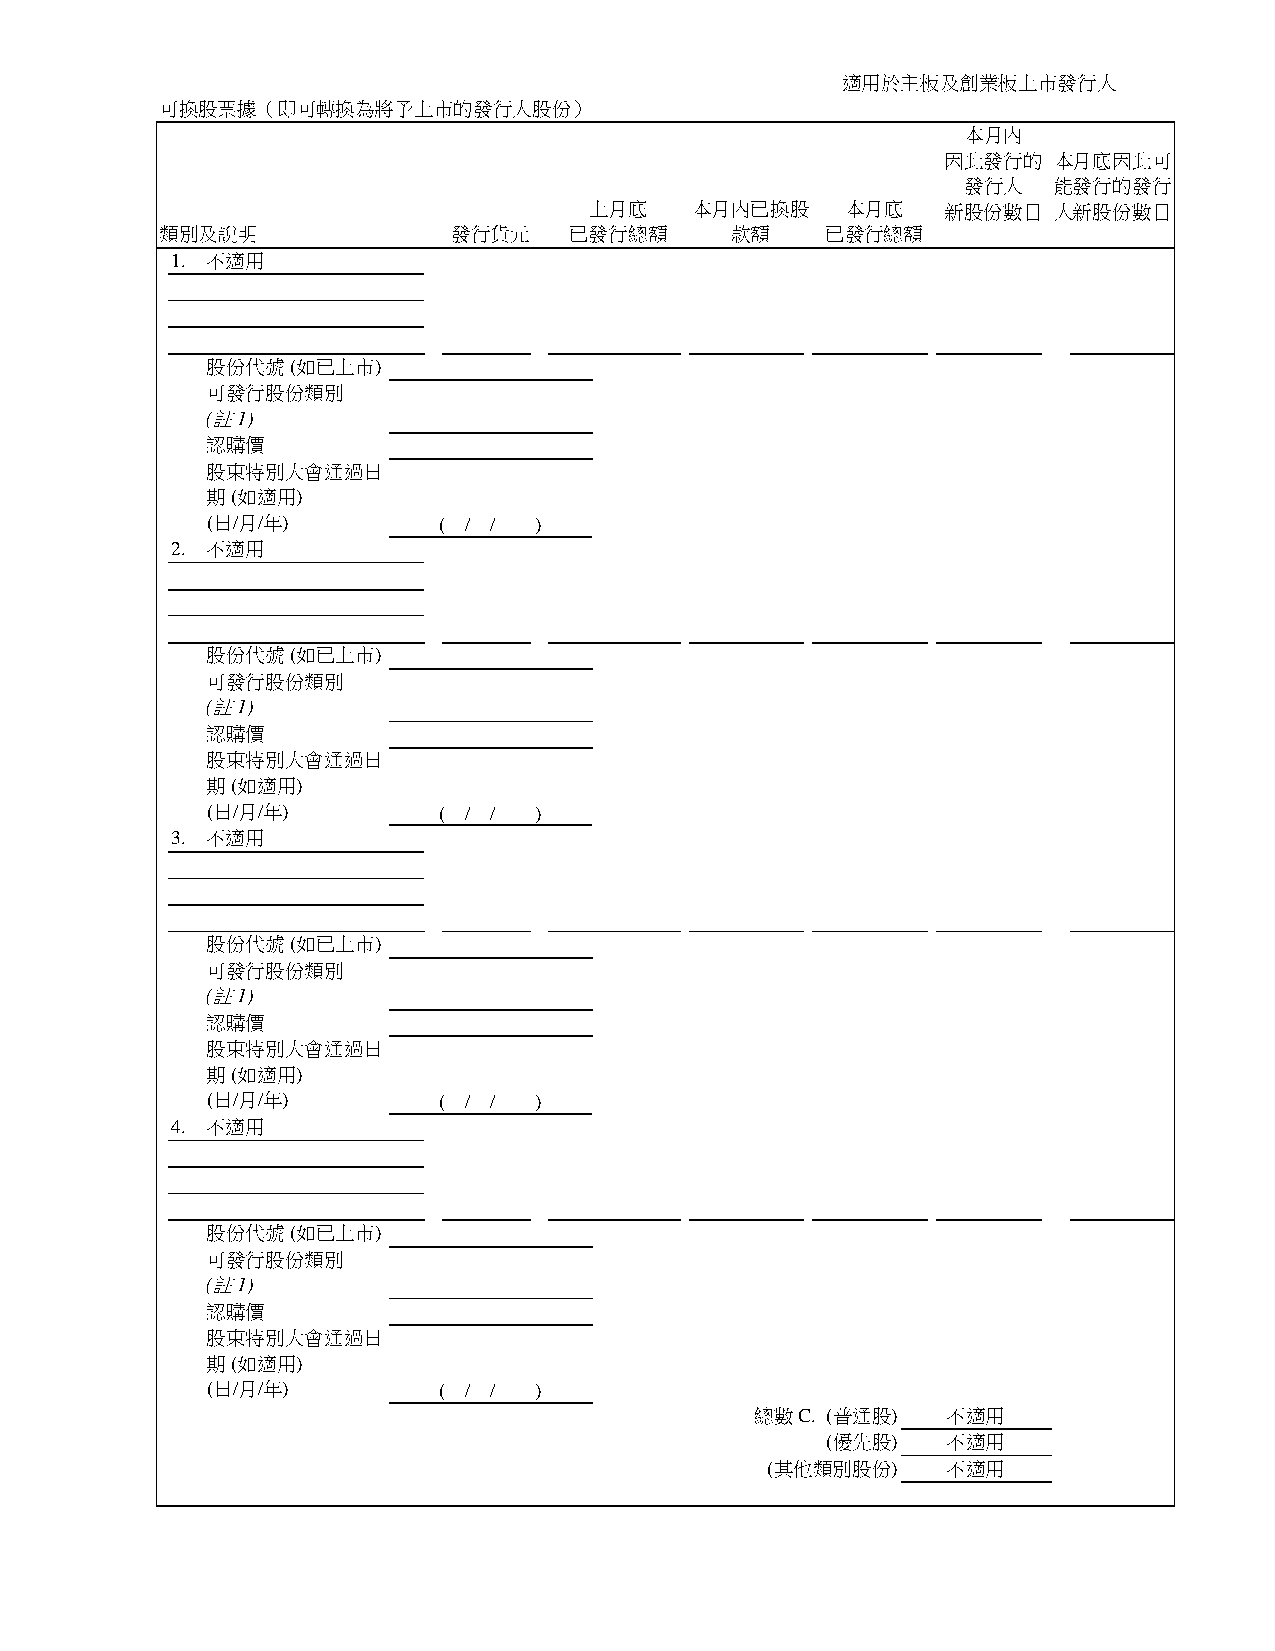
適用於主板及創業板上市發行人
 可換股票據（即可轉換為將予上市的發行人股份）
 本月內
 因此發行的  本月底因此可
 發行人   能發行的發行
 上月底    本月內已換股    本月底    新股份數目  人新股份數目
 類別及說明              發行貨元    已發行總額     款額     已發行總額
 1. 不適用
 股份代號 (如已上市)
 可發行股份類別
 (註1)
 認購價
 股東特別大會通過日
 期 (如適用)
 (日/月/年)        ( / / )
 2. 不適用
 股份代號 (如已上市)
 可發行股份類別
 (註1)
 認購價
 股東特別大會通過日
 期 (如適用)
 (日/月/年)        ( / / )
 3. 不適用
 股份代號 (如已上市)
 可發行股份類別
 (註1)
 認購價
 股東特別大會通過日
 期 (如適用)
 (日/月/年)        ( / / )
 4. 不適用
 股份代號 (如已上市)
 可發行股份類別
 (註1)
 認購價
 股東特別大會通過日
 期 (如適用)
 (日/月/年)        ( / / )
 總數C. (普通股)   不適用
 (優先股)   不適用
 (其他類別股份)    不適用